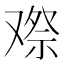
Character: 𠭫